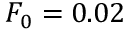
F _ { 0 } = 0 . 0 2